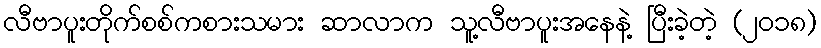
လီဗာပူးတိုက်စစ်ကစားသမား ဆာလာက သူ့လီဗာပူးအနေနဲ့ ပြီးခဲ့တဲ့ (၂၀၁၈)